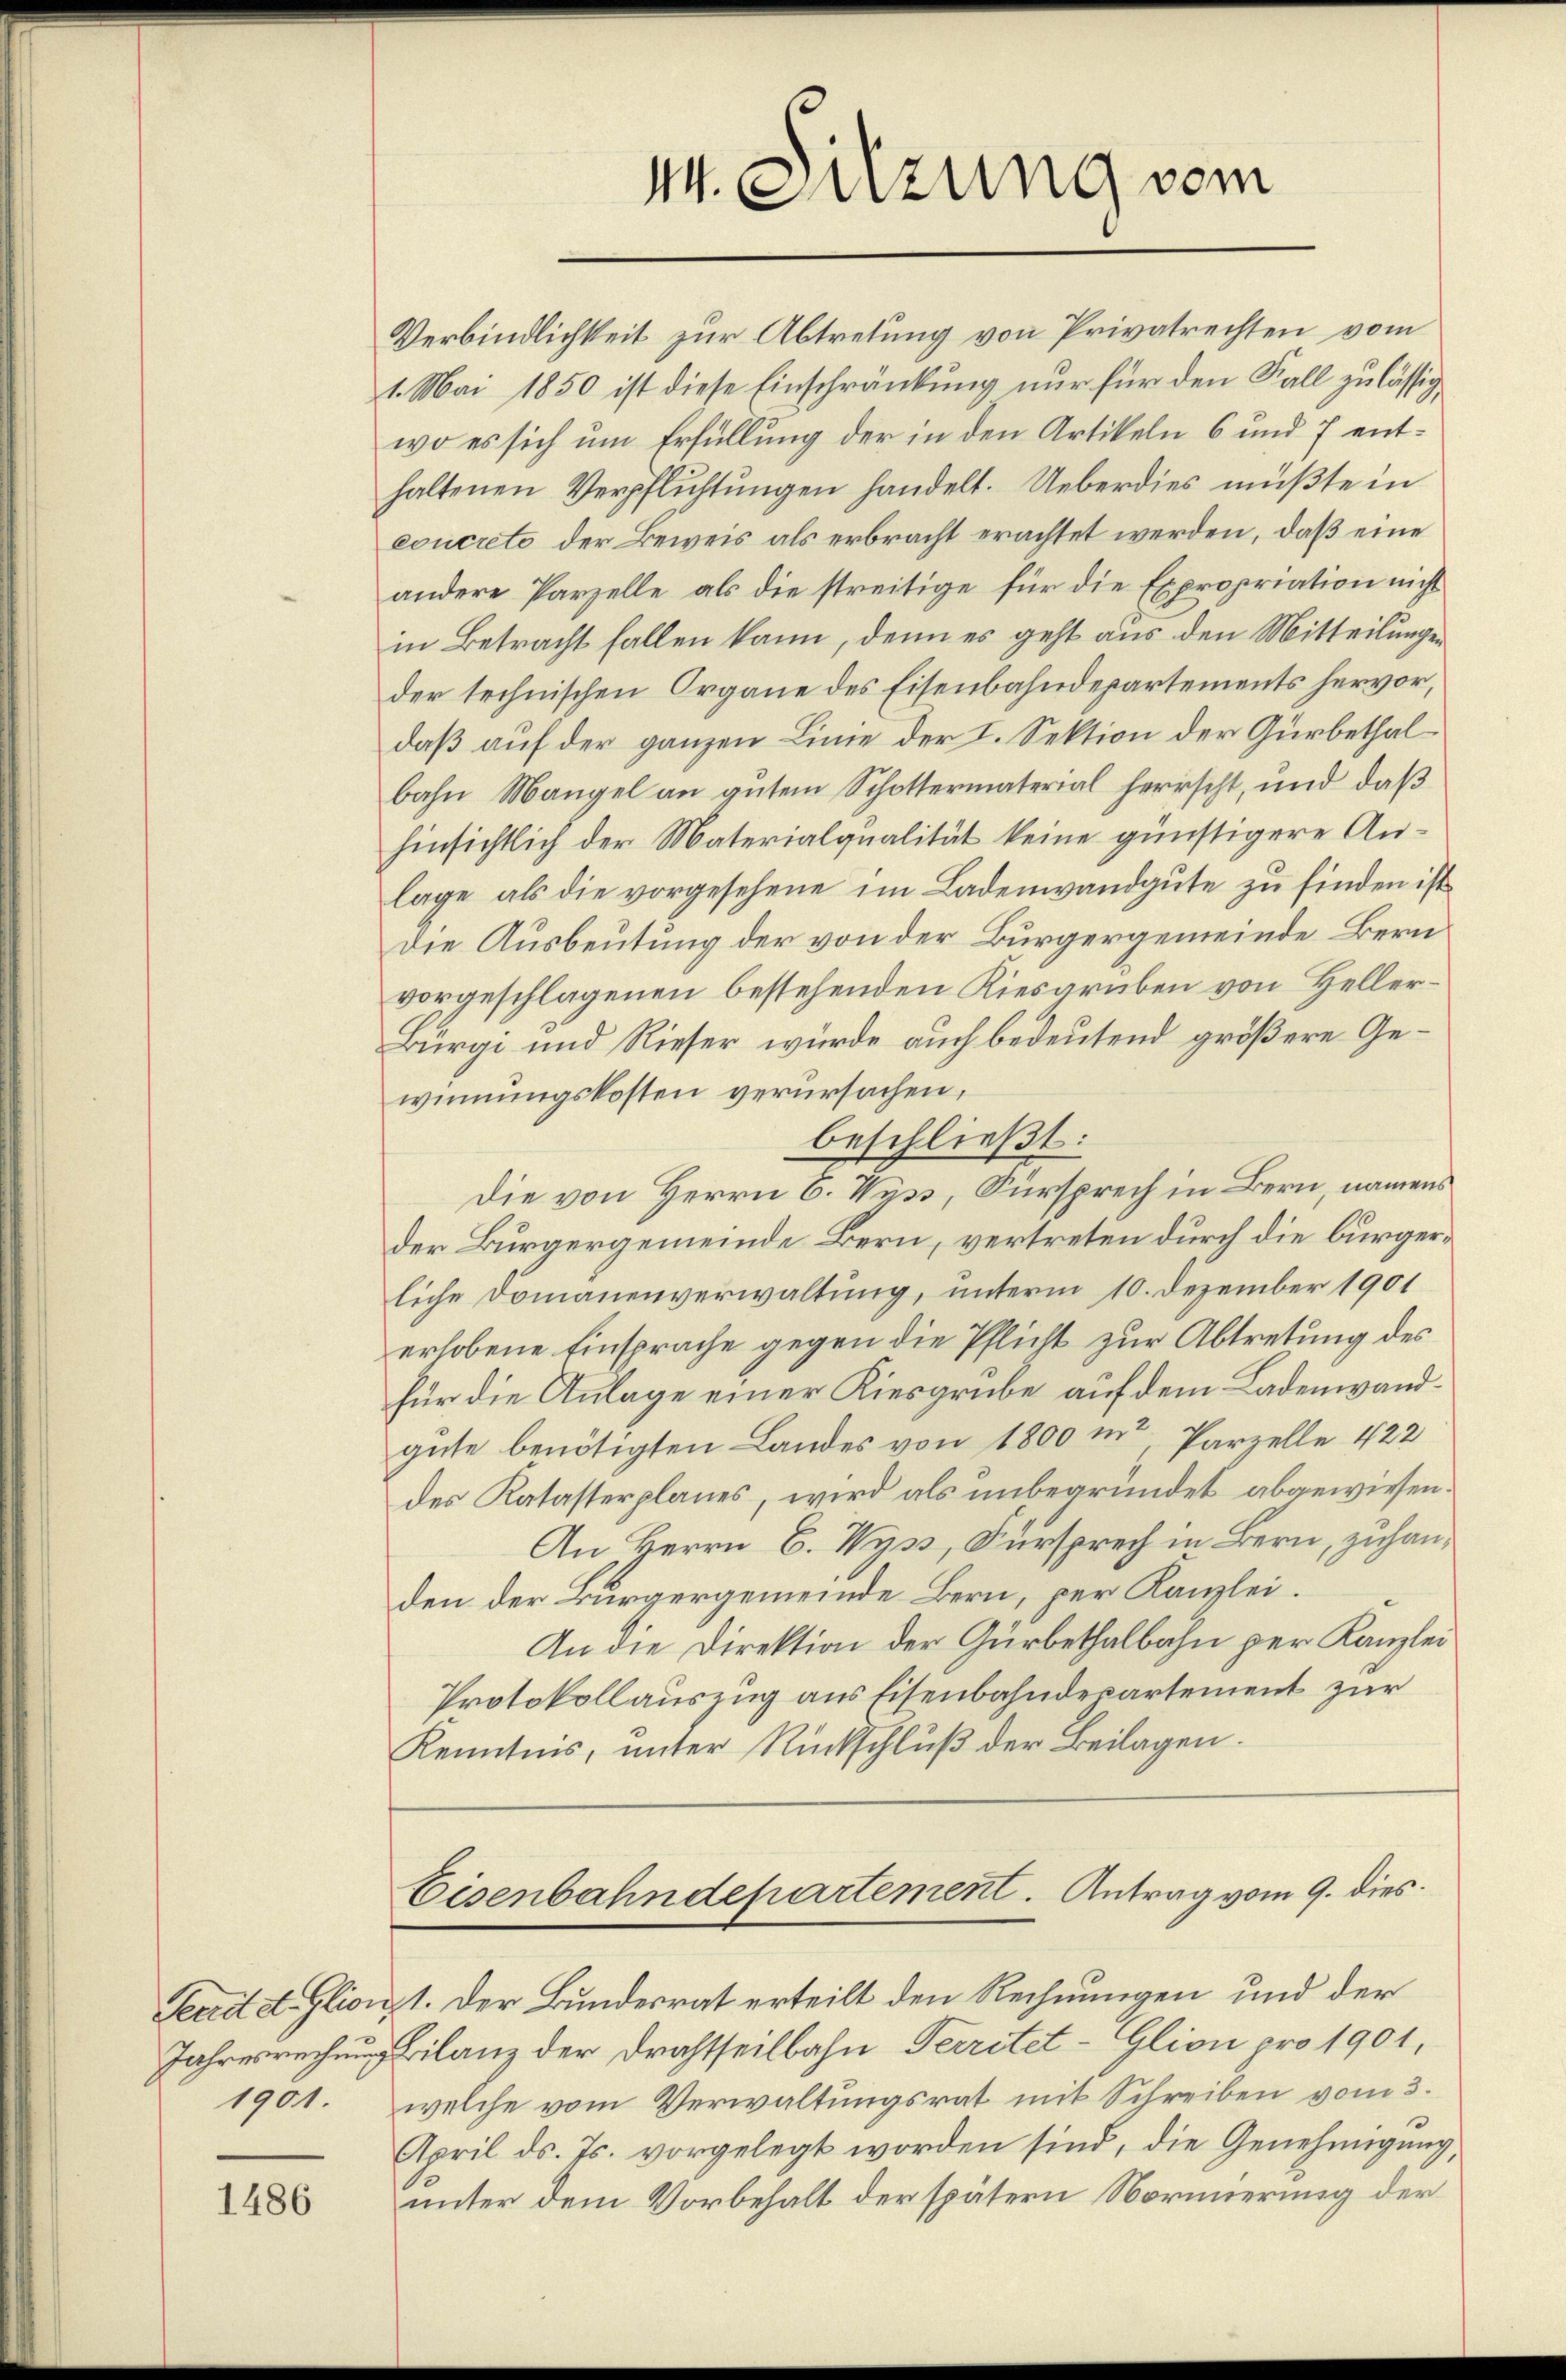
1486

M. Sitzung vom

Verbindlichkeit zur Abtretung von Privatrechten vom
1. Mai 1850 ist diese Einschränkung nur für den Fall zulässig
wo es sich um Erfüllung der in den Artikeln 6 und 7 enthaltenen Verpflichtungen handelt. Ueberdies müßte in
concreto der Beweis als erbracht erachtet werden, daß eine
andere Parzelle, als die streitige für die Expropriation nicht
in Betracht fallen kann, denn es geht aus den Mitteilungen
der technischen Organe des Eisenbahndepartements hervor,
daß auf der ganzen Linie der I. Sektion der Gürbethalbahn Mangel an gutem Schottermaterial herrscht, und daß
hinsichtlich der Materialqualität keine günstigere Anlage, als die vorgesehene im Ladenwandgute zu finden ist,
Die Ausbeutung der von der Bürgergemeinde Bern
vorgeschlagenen bestehenden Kiesgruben von Heller¬
Bürgi und Rieser wurde auch bedeutend größere Gewinnungskosten verursachen,
beschließt:
Die von Herrn C. Wyss, Fürsprech in Bern, namens
der Bürgergemeinde Bern, vertreten durch die bürgerliche Domänenverwaltung, unterm 10. Dezember 1901
erhobene Einsprache gegen die Pflicht zur Abtretung des
für die Anlage einer Kiesgrube auf dem Ladenwandgute benötigten Landes von 1800 m Parzelle 422
des Katasterplanes, wird als unbegründet abgewiesen.
An Herrn C. Wyss, Fürsprech in Bern, zuhanden der Bürgergemeinde Bern, per Kanzlei.
An die Direktion der Gürbethalbahn per Kanzlei
Protokollauszug aus Eisenbahndepartement zur
Kenntnis, unter Rückschluß der Beilagen.
Eisenbahndepartement. Antrag vom 9. dies
Serietet. Glionzt. Der Bundesrat erteilt den Rechnungen und der
Jahre Bilanz der Drahtheilbahn Territet-Glion pro 1901,
1901. welche vom Verwaltungsrat mit Schreiben vom 3.
April ds. Js. vorgelegt worden sind, die Genehmigung,
unter dem Vorbehalt der spätern Normierung der